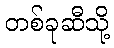
တစ်ခုဆီသို့